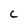
Character: C